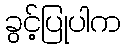
ခွင့်ပြုပါက